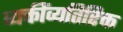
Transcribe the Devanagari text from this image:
व्यक्तींव्यतिरिक्त